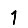
Digit: 1